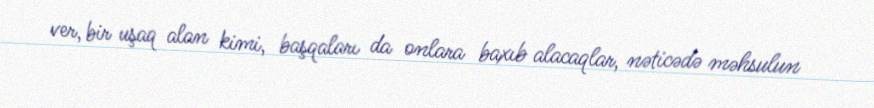
ver, bir uşaq alan kimi, başqaları da onlara baxıb alacaqlar, nəticədə məhsulun